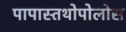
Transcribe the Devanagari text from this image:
पापास्तथोपोलोस